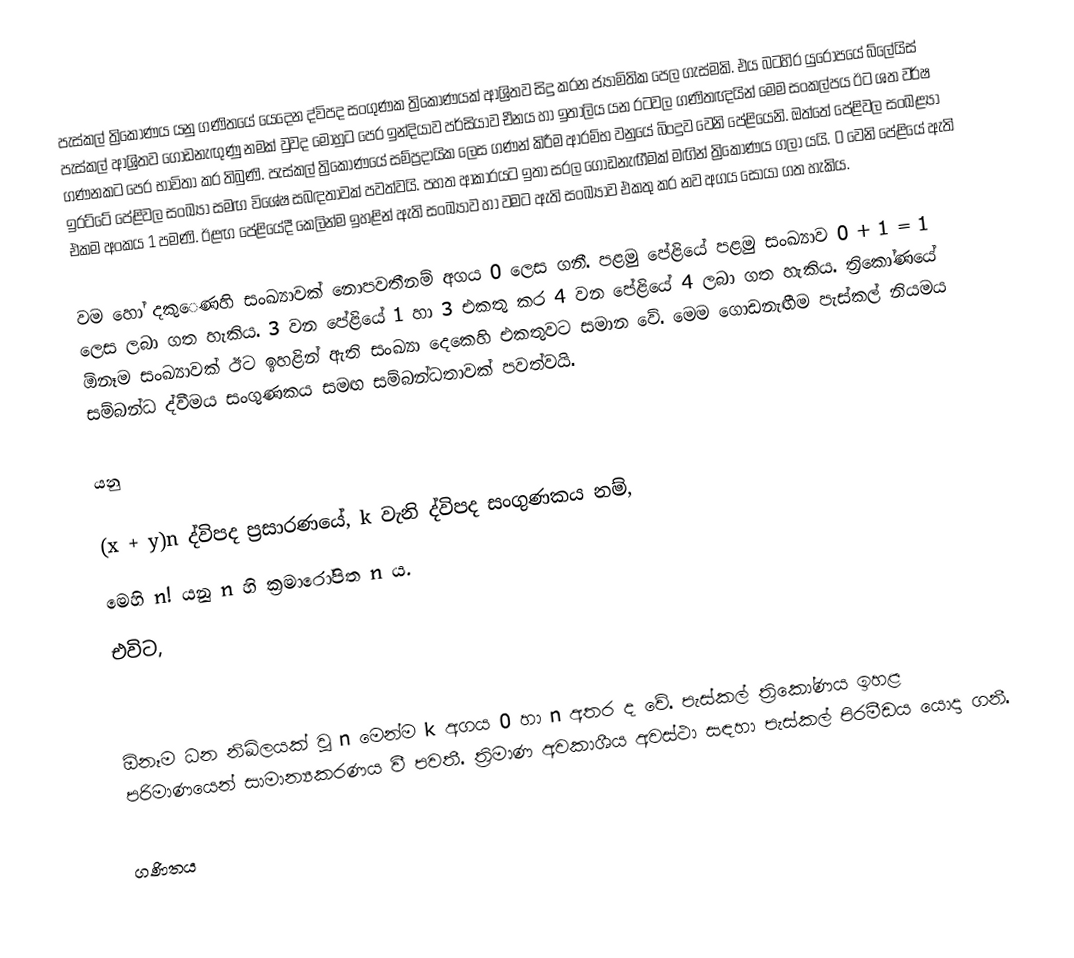
පැස්කල් ත්‍රිකෝණය යනු ගණිතයේ යෙදෙන ද්විපද සංගුණක ත්‍රිකෝණයක් ආශ්‍රිතව සිදු කරන ජ්‍යාමිතික පෙල ගැස්මකි. එය බටහිර යුරෝපයේ බ්ලේයිස් පැස්කල් ආශ්‍රිතව ගොඩනැඟුණු නමක් වුවද මොහුට පෙර ඉන්දිය‍ාව පර්සියාව චීනය හා ඉතාලිය යන රටවල ගණිතඥයින් මෙම සංකල්පය ඊට ශත වර්ෂ ගණනකට පෙර භාවිතා කර තිබුණි. පැස්කල් ත්‍රිකෝණයේ සම්ප්‍රදායික ලෙස ගණන් කිරීම ආරම්භ වනුයේ බිංදුව වෙනි පේළියෙනි. ඔත්තේ පේළිවල සංඛළ්‍යා ඉරට්ටේ පේළිවල සංඛ්‍යා සමඟ විශේෂ සබඳතාවක් පවත්වයි. පහත ආකාරයට ඉතා සරල ගොඩනැඟීමක් මඟින් ත්‍රිකෝණය ගලා යයි. 0 වෙනි පේළියේ ඇති එකම අංකය 1 පමණි. ඊළඟ පේළියේදී කෙලින්ම ඉහළින් ඇති සංඛ්‍යාව හා වමට ඇති සංඛ්‍යාව එකතු කර නව අගය සොයා ගත හැකිය.

වම හෝ දකු‍ෙණහි සංඛ්‍යාවක් නොපවතීනම් අගය 0 ලෙස ගනී. පළමු පේළියේ පළමු සංඛ්‍යාව 0 + 1 = 1 ලෙස ලබා ගත හැකිය. 3 වන පේළියේ 1 හා 3 එකතු කර 4 වන පේළියේ 4 ලබා ගත හැකිය. ත්‍රිකෝණයේ ඕනෑම සංඛ්‍යාවක් ඊට ඉහළින් ඇති සංඛ්‍යා දෙකෙහි එකතුවට සමාන වේ. මෙම ගොඩනැඟීම පැස්කල් නියමය සම්බන්ධ ද්වීමය සංගුණකය සමඟ සම්බන්ධතාවක් පවත්වයි.

 යනු

(x + y)n ද්විපද ප්‍රසාරණයේ, k වැනි ද්විපද සංගුණකය නම්,
මෙහි n! යනු n හි ක්‍රමාරෝපිත n ය.
එවිට,

ඕනෑම ධන නිඛිලයක් වූ n මෙන්ම k අගය 0 හා n අතර ද වේ. පැස්කල් ත්‍රිකෝණය ඉහළ පරිමාණයෙන් සාමාන්‍යකරණය වී පවතී. ත්‍රිමාණ අවකාශීය අවස්ථා සඳහා පැස්කල් පිරමීඩය යොදා ගනී.

ගණිතය